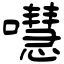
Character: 嚖